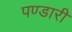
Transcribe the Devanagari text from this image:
पण्डारी